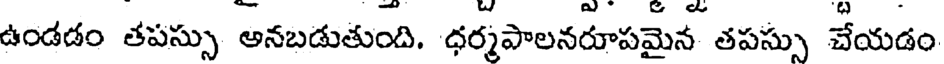
ఉండడం తపస్సు అనబడుతుంది. ధర్మపాలనరూపమైన తపస్సు చేయడం